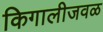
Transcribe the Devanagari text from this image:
किगालीजवळ